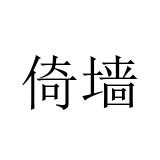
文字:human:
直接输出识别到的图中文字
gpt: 倚墙